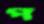
প